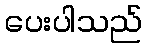
ပေးပါသည်